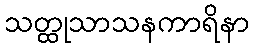
သတ္ထုသာသနကာရိနာ